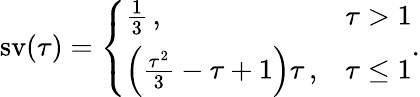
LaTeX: \operatorname{sv}(\tau)=\left\{ \begin{array}{ll}{\frac 13\, ,}&{\tau>1}\\ {\left(\frac{\tau^{2}}{3}-\tau+1\right)\tau\, ,}&{\tau\leq 1}\end{array}\right..